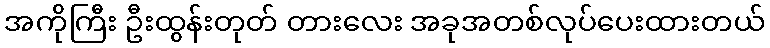
အကိုကြီး ဦးထွန်းတုတ် တားလေး အခုအတစ်လုပ်ပေးထားတယ်